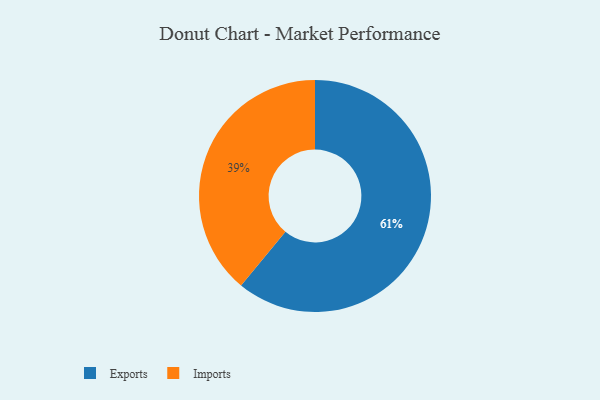
{"axis": {"x": "Category", "y": "Percentage"}, "legend": ["Exports", "Imports"], "data": [{"x": "Exports", "y": 61, "type": "Exports"}, {"x": "Imports", "y": 39, "type": "Imports"}]}